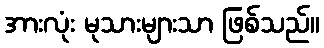
အားလုံး မုသားများသာ ဖြစ်သည်။